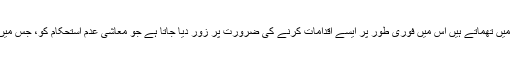
آئی ایم ایف کے ماہرین جو شرائط نامہ قرض کی رقم کے ساتھ قرض خواہوں کے ہاتھ میں تھماتے ہیں اس میں فوری طور پر ایسے اقدامات کرنے کی ضرورت پر زور دیا جاتا ہے جو معاشی عدم استحکام کو، جس میں بیرونی قرضوں اور اندرونی اخراجات کی ادائیگی وغیرہ شامل ہے، ختم کیا جا سکے۔